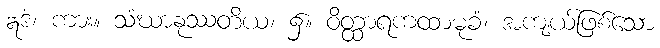
ဣဒံ၊ ကား။ သံဃာနုဿတိယ၊ ၌။ ဝိတ္ထာရကထာမုခံ၊ အကျယ်ဖြစ်သော